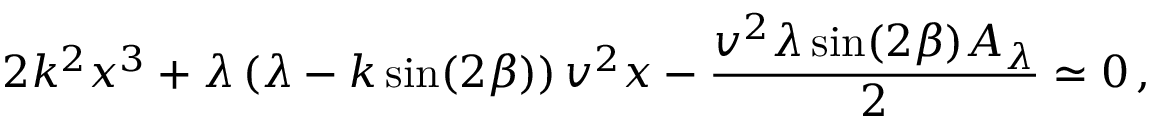
2 { k ^ { 2 } } { x ^ { 3 } } + \lambda \left( \lambda - k \sin ( 2 \beta ) \right) v ^ { 2 } x - { \frac { { v ^ { 2 } } \lambda \sin ( 2 \beta ) A _ { \lambda } } { 2 } } \simeq 0 \, ,